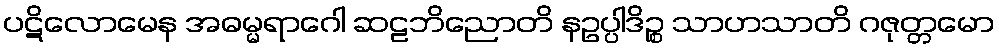
ပဋိလောမေန အဓမ္မရာဂေါ ဆဠဘိညောတိ နဥပ္ပါဒိဉ္စ သာဟသာတိ ဂဇုတ္တမော